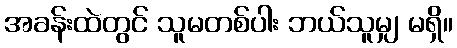
အခန်းထဲတွင် သူမတစ်ပါး ဘယ်သူမျှ မရှိ။